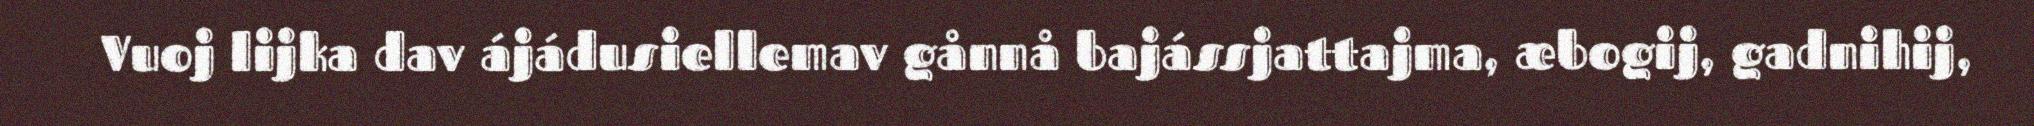
Vuoj lijka dav ájádusiellemav gånnå bajássjattajma, æbogij, gadnihij,